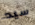
سيد